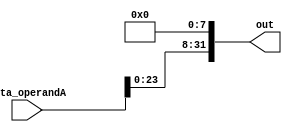
module sll_8(data_operandA, out); 
    
    input [31:0] data_operandA; 
    output [31:0] out;
    assign out = {data_operandA[23:0], 8'b0};

endmodule